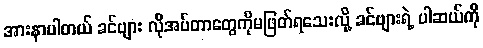
အားနာပါတယ် ခင်ဗျား လိုအပ်တာတွေကိုမဖြတ်ရသေးလို့ ခင်ဗျားရဲ့ ပါဆယ်ကို